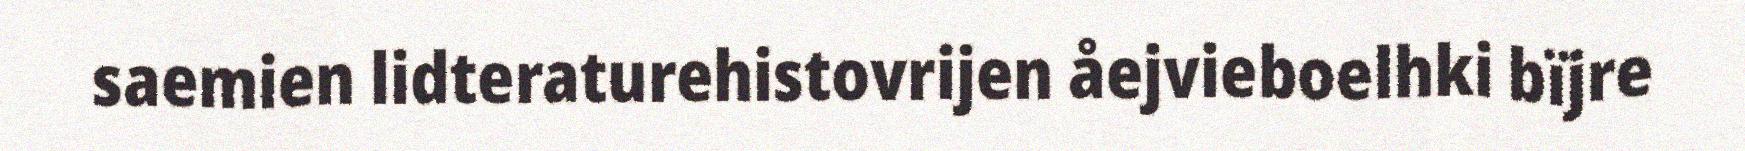
saemien lidteraturehistovrijen åejvieboelhki bïjre